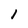
Character: 1